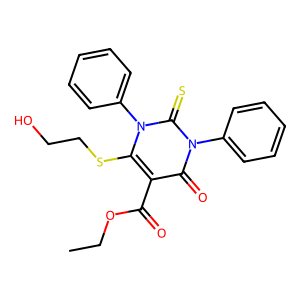
SMILES: CCOC(=O)c1c(SCCO)n(-c2ccccc2)c(=S)n(-c2ccccc2)c1=O
Inhibits HIV replication: No